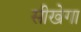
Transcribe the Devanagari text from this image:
सीखेगा